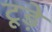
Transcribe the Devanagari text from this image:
टूड़े